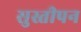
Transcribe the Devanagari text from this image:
सुस्तीपन